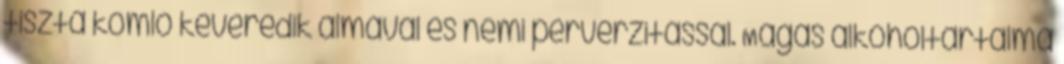
tiszta komló keveredik almával és némi perverzitással. Magas alkoholtartalma